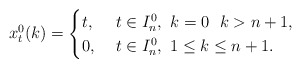
\begin{align*}x_{t}^0(k)=\begin{cases}t, & \ t\in I_n^0, \ k=0 \ \ k>n+1,\\0, & \ t\in I_n^0, \ 1\le k\le n+1.\end{cases}\end{align*}